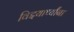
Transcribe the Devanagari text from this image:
विद्दयार्थ्यांना